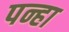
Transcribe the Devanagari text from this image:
पन्हा